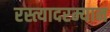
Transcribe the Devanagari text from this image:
रस्त्यादरम्यान